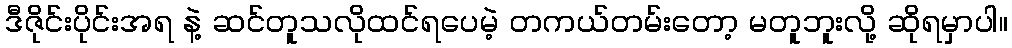
ဒီဇိုင်းပိုင်းအရ နဲ့ ဆင်တူသလိုထင်ရပေမဲ့ တကယ်တမ်းတော့ မတူဘူးလို့ ဆိုရမှာပါ။